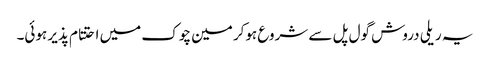
یہ ریلی دروش گول پل سے شروع ہوکر مین چوک میں احتتام پذیر ہوئی۔